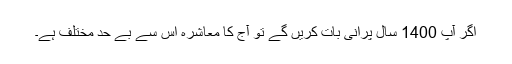
اگر آپ 1400 سال پرانی بات کریں گے تو آج کا معاشرہ اس سے بے حد مختلف ہے۔